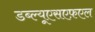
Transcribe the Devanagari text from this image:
डब्ल्यूएसएफ़एल